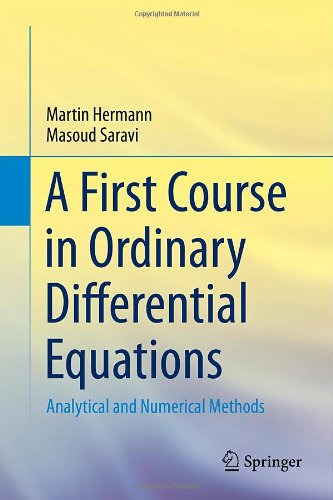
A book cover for A First Course in Ordinary Differential Equations: Analytical and Numerical Methods; Martin Hermann; Science & Math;